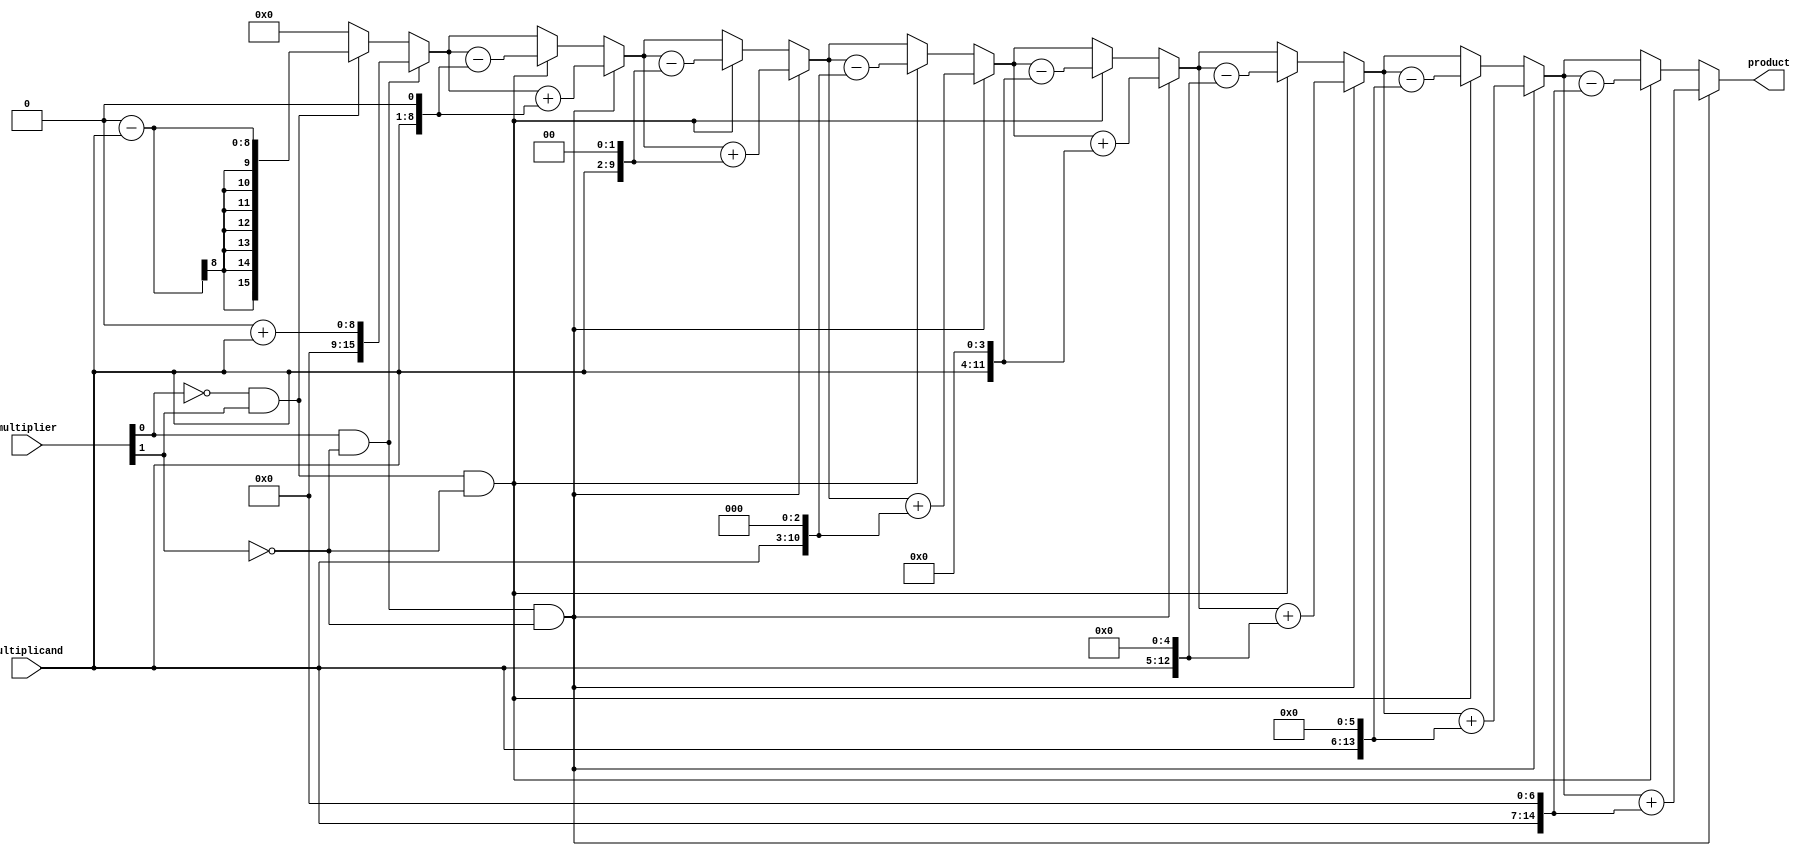
module modified_booth_multiplier (
  input [7:0] multiplicand,
  input [7:0] multiplier,
  output reg [15:0] product
);

// arithmetic block
reg [15:0] a, s, p;
reg [2:0] count;

always @(*) begin
  a = multiplicand;
  s = multiplier;
  p = 0;
  count = 0;
  
  repeat (8) begin
    if (s[0] & ~s[1] & ~count[0]) begin
      p = p + a;
    end else if (~s[0] & s[1] & ~count[0]) begin
      p = p - a;
    end
    
    count = {count[1:0], s[1]};
    s = {s[7], s[6:0]};
    a = a << 1;
  end
  
  product = p;
end

endmodule